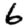
Digit: 6